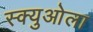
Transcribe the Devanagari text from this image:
स्क्युओला